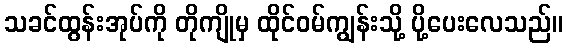
သခင်ထွန်းအုပ်ကို တိုကျိုမှ ထိုင်ဝမ်ကျွန်းသို့ ပို့ပေးလေသည်။